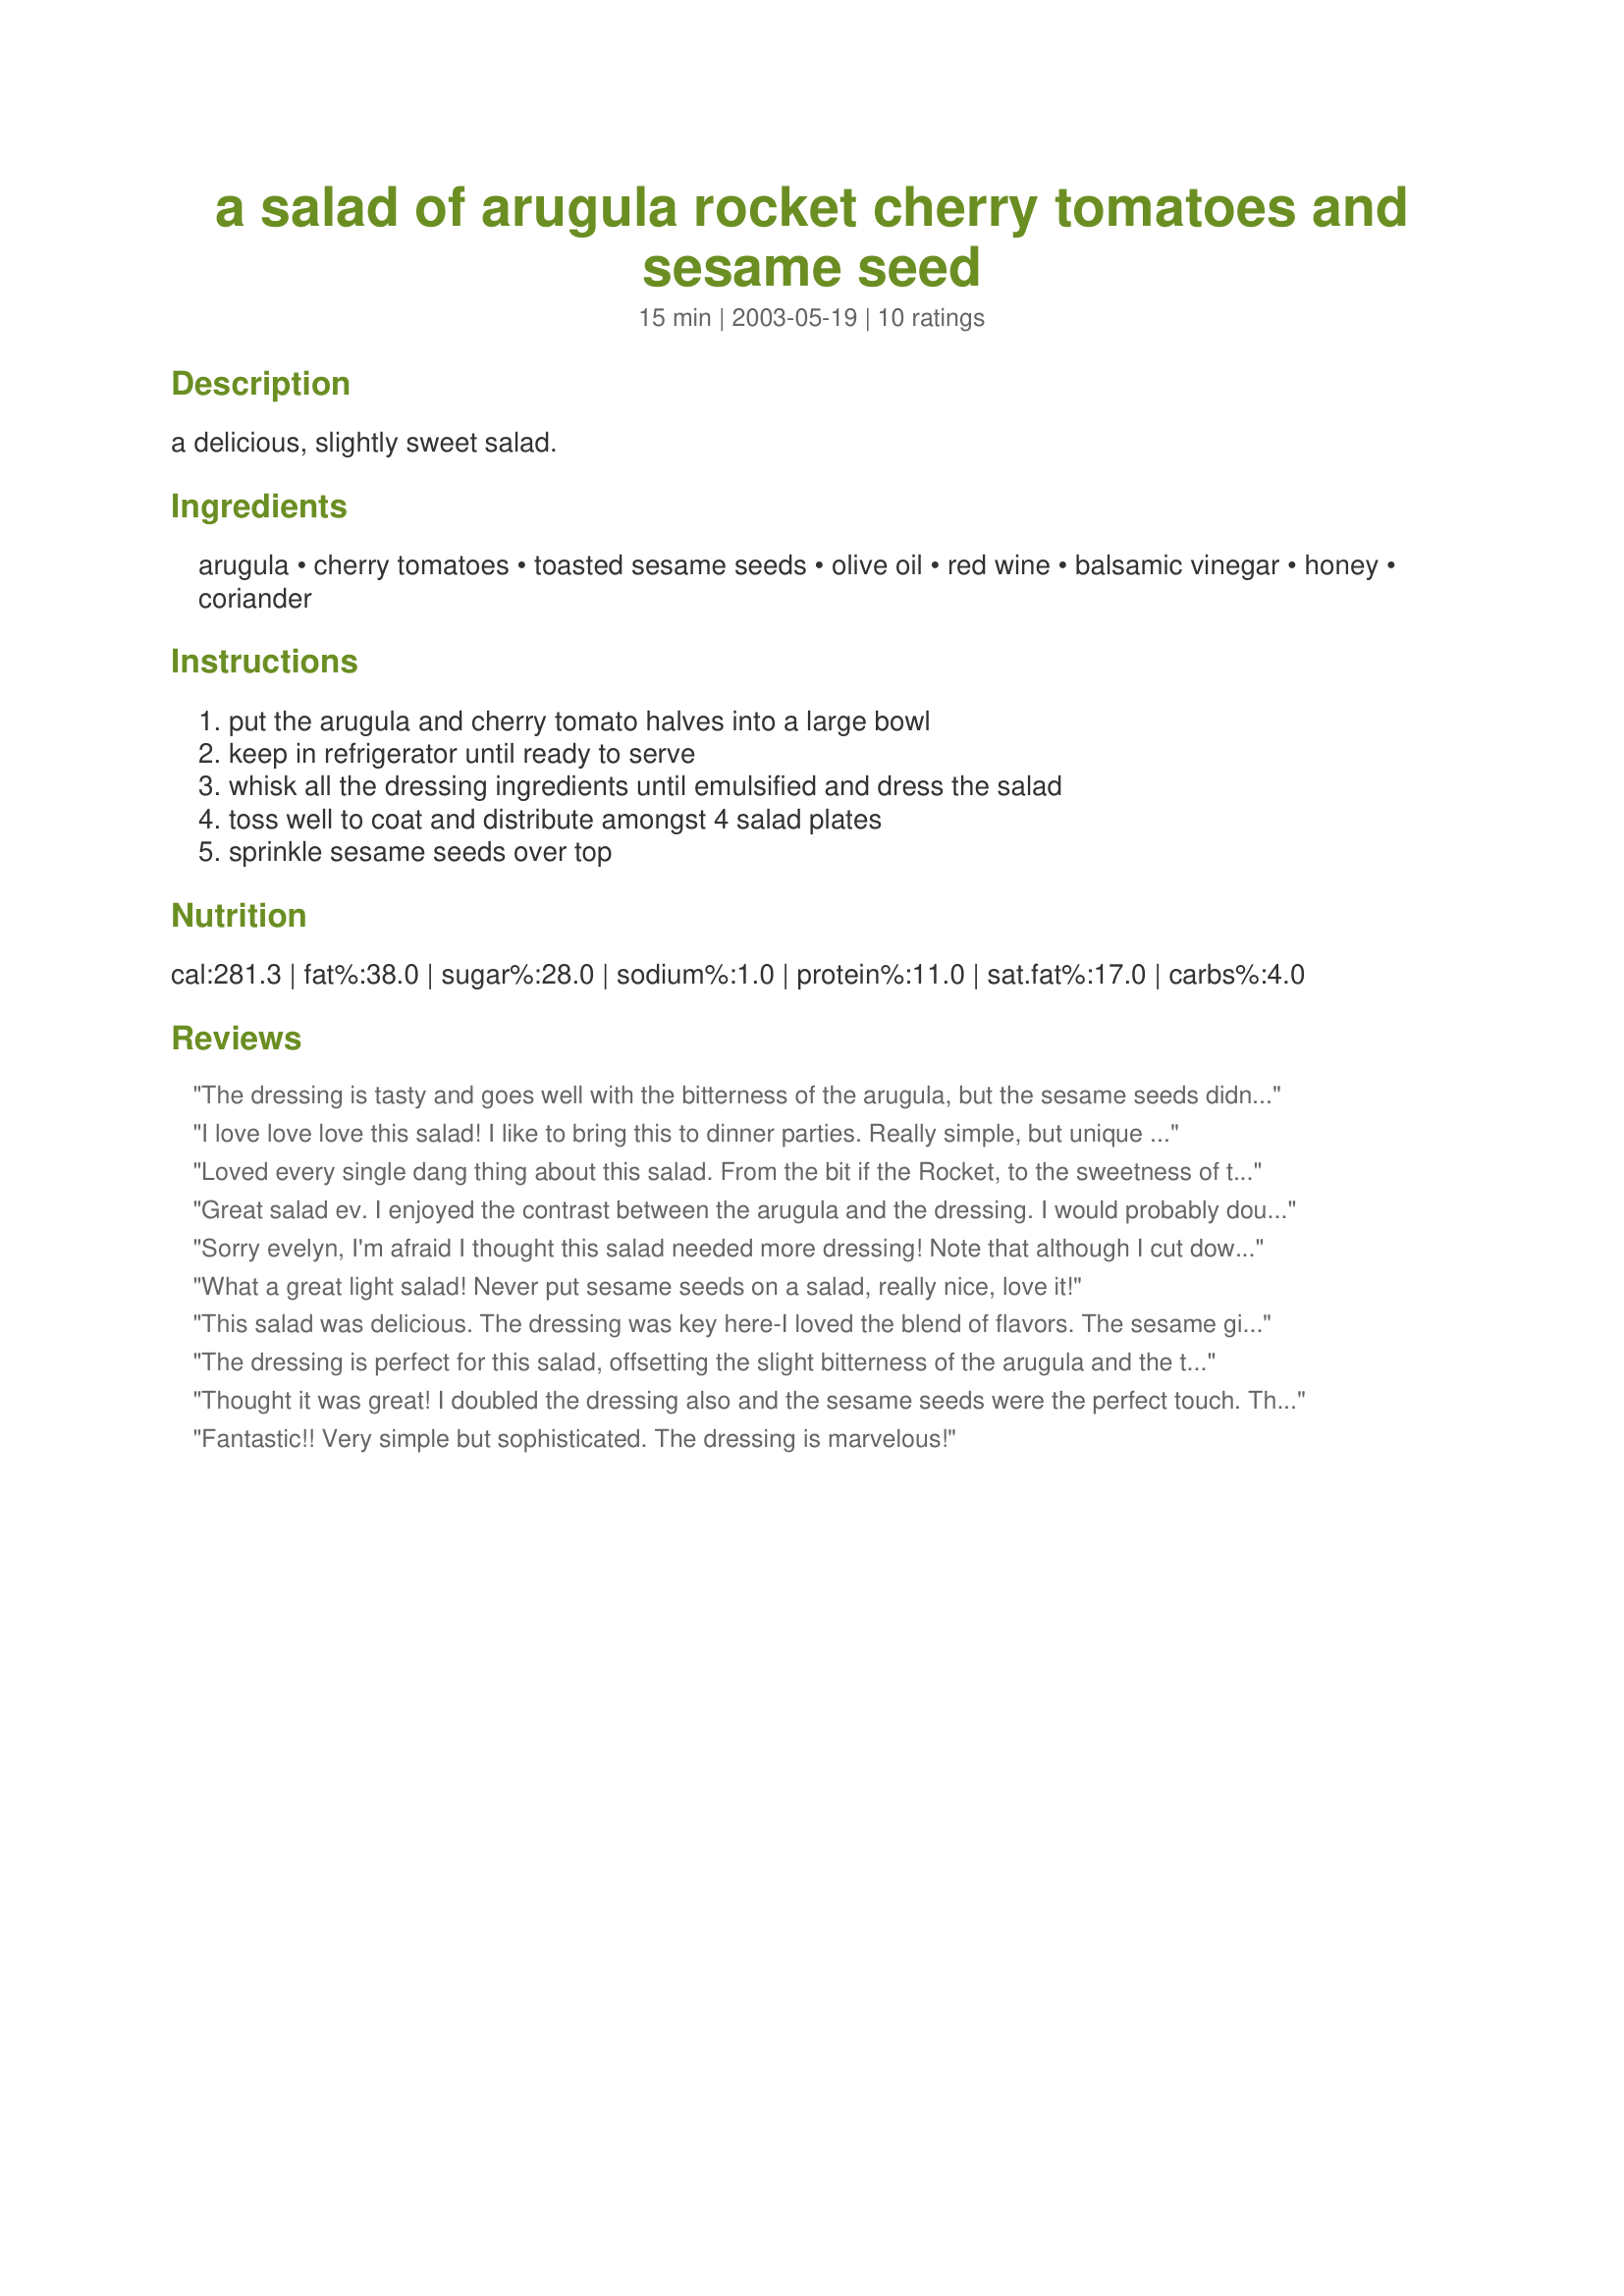
a salad of arugula rocket cherry tomatoes and sesame seed
Preparation time: 15 minutes

a delicious, slightly sweet salad.

Ingredients:
arugula, cherry tomatoes, toasted sesame seeds, olive oil, red wine, balsamic vinegar, honey, coriander

Steps:
put the arugula and cherry tomato halves into a large bowl, keep in refrigerator until ready to serve, whisk all the dressing ingredients until emulsified and dress the salad, toss well to coat and distribute amongst 4 salad plates, sprinkle sesame seeds over top

Reviews:
The dressing is tasty and goes well with the bitterness of the arugula, but the sesame seeds didn't really bring out or add any flavor to the salad. I would make again without the sesame seeds. Thank you!
I love love love this salad! I like to bring this to dinner parties. Really simple, but unique and delicious.
Loved every single dang thing about this salad. From the bit if the Rocket, to the sweetness of the tomato and honey in the dressing, and then little sesame seeds implode in your mouth! This is just so simple but so amazing tasting. The dressing is really, really, grand! Made for Down on the Farm Photo Tag and Green Spring Diabetic Forum. May 2012
Great salad ev. I enjoyed the contrast between the arugula and the dressing. I would probably double the dressing as well next time because it really was tasty, and I don't think adding more would take anything away from the flavor of the arugula. Thanks for posting! Nick's Mom
Sorry evelyn, I'm afraid I thought this salad needed more dressing! Note that although I cut down on the olive oil I doubled the red wine and balsamic vinegar (left the honey and coriander as is). Also, note that I used 5 ounces of prepared arugula, much less than the recipe called for, and I still thought it needed more dressing! On the bright side, though, I'd have to agree with the other reviewers that the dressing nicely offset the bitterness of the arugula. So if you try this, I suggest adding more dressing. Toasted sesame seeds were fine.
What a great light salad! Never put sesame seeds on a salad, really nice, love it!
This salad was delicious. The dressing was key here-I loved the blend of flavors. The sesame gives this nice texture and goes well with the slightly peppery nuttiness of the arugula.
The dressing is perfect for this salad, offsetting the slight bitterness of the arugula and the tartness of the little tomatoes. It does indeed make enough for 4 large salad portions. While I love sesame seeds, I'm not sure they really added a whole lot to the salad. So, for all you cooks who might want to make this recipe and don't have the sesame seeds on hand, you can certainly enjoy this nice salad without them... in my opinion.
Thought it was great! I doubled the dressing also and the sesame seeds were the perfect touch. Thanks for Posting!
Fantastic!! Very simple but sophisticated. The dressing is marvelous!
